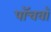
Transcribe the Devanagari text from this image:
पाॅचवाॅ